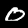
Digit: 0